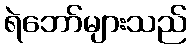
ရဲဘော်များသည်